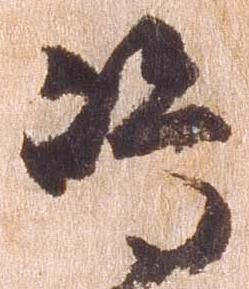
島